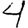
Digit: 4